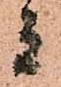
者